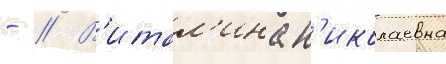
- // В'итал'ина н'иколаевна